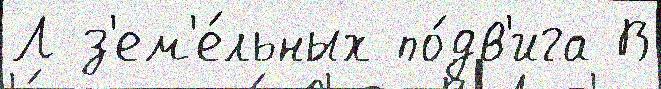
Л з'ем'е́льных по́дв'ига В